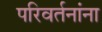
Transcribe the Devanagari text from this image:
परिवर्तनांना